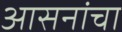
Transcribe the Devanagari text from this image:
आसनांचा